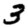
Digit: 3